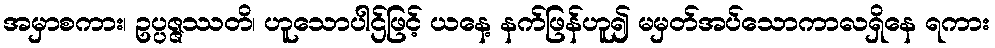
အမှာစကား၊ ဥပ္ပဇ္ဇဿတိ၊ ဟူသောပါဌ်ဖြင့် ယနေ့ နက်ဖြန်ဟူ၍ မမှတ်အပ်သောကာလရှိနေ ရကား